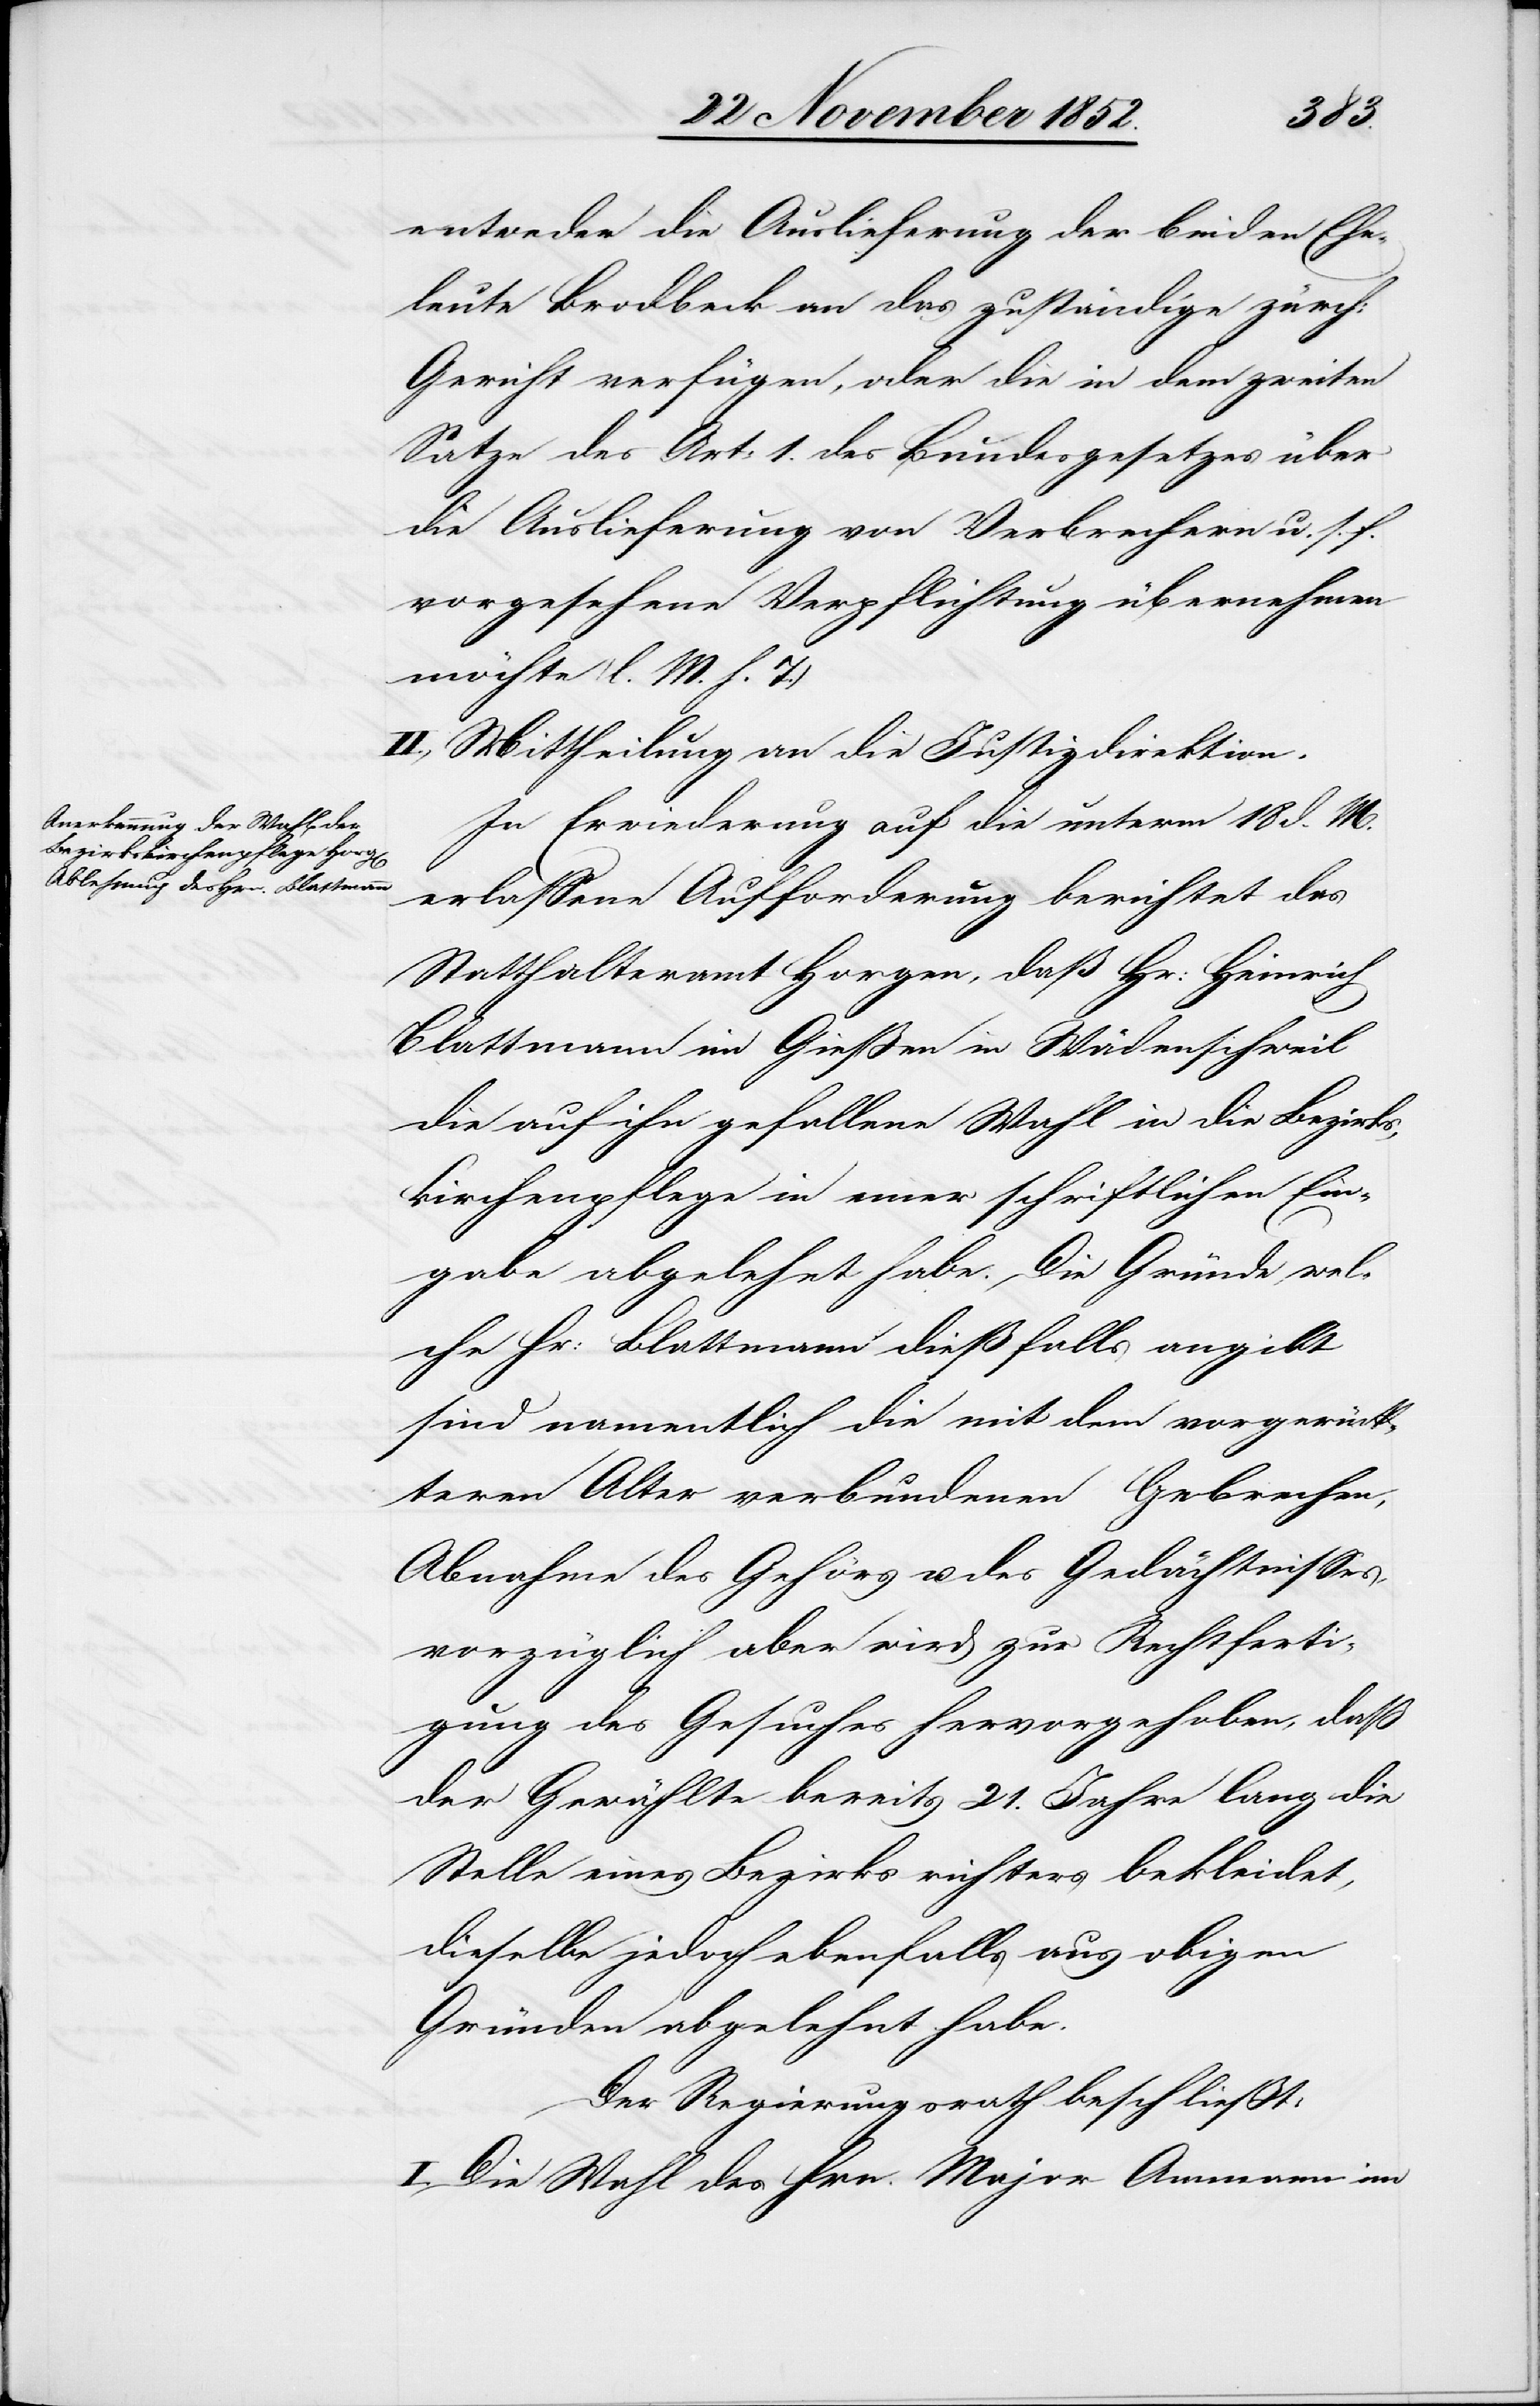
entweder die Auslieferung der beiden Ehe¬
leute Brodbeck an das zuständige zürch:
Gericht verfügen, oder die in dem zweiten
Satze des Art: 1. des Bundesgesetzes über
die Auslieferung von Verbrechern u. s. f.
vorgesehene Verpflichtung übernehmen
möchte (l. M. h. T.)
II., Mittheilung an die Justizdirektion.
In Erwiederung auf die unterm 18 d. M.
erlassene Aufforderung berichtet das
Statthalteramt Horgen, daß Hr: Heinrich
Blattmann im Gießen in Wädenschweil
die auf ihn gefallene Wahl in die Bezirks¬
kirchenpflege in einer schriftlichen Ein¬
gabe abgelehnt habe. Die Gründe, wel¬
che Hr: Blattmann dießfalls angibt
sind namentlich die mit dem vorgerück¬
teren Alter verbundenen Gebrechen,
Abnahme des Gehörs u. des Gedächtnisses,
vorzüglich aber wird zur Rechtferti¬
gung des Gesuches hervorgehoben, daß
der Gewählte bereits 21. Jahre lang die
Stelle eines Bezirksrichters bekleidet,
dieselbe jedoch ebenfalls aus obigen
Gründen abgelehnt habe.
Der Regierungsrath beschließt:
I. Die Wahl des Hrn. Major Ammann im